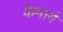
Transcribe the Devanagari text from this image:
केमार्ग